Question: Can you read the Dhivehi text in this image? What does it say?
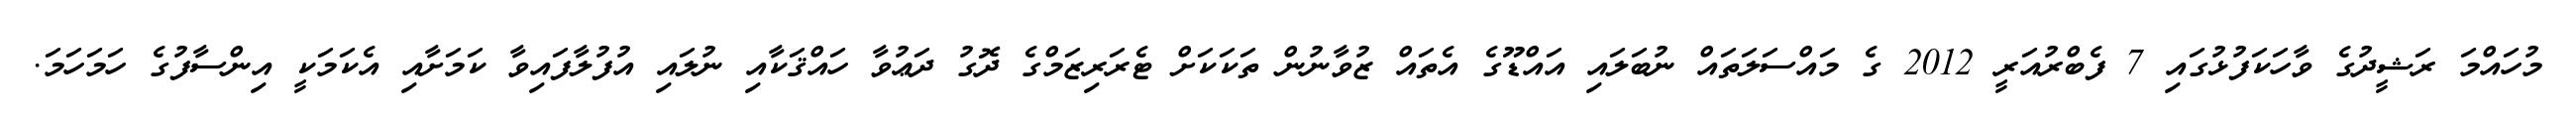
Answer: މުހައްމަ ރަޝީދުގެ ވާހަކަފުޅުގައި 7 ފެބްރުއަރީ 2012 ގެ މައްސަލަތައް ނުބަލައި އައްޑޫގެ އެތައް ޒުވާނުން ތަކަކަށް ޓެރަރިޒަމްގެ ދޮގު ދަޢުވާ ހައްޤަކާއި ނުލައި އުފުލާފައިވާ ކަމަށާއި އެކަމަކީ އިންސާފުގެ ހަމަހަމަ.